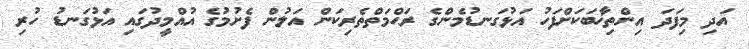
އަދި މިފަދަ އިންތިޚާބަކަށްފަހު އަޅުގަނޑުމެންގެ ރަޙްމަތްތެރިކަން އަލުން ފެށުމުގެ އުއްމީދުގައި އަޅުގަނޑު ހުރި